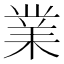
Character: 業